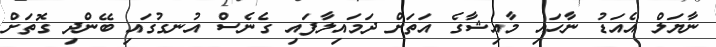
ނާޔަލް އެއަޑު ނާހައި މާއިޝާގެ އަތަށް ދަަމައިލާފައި ގެނެސް އުނގުގައި ބޭންދި ގޮތަށް